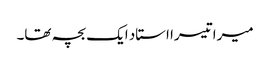
میرا تیسرا استاد ایک بچہ تھا۔